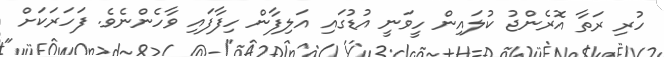
ހުރި ރަތާ އޮރެންޖު ކުލައިން ހީވަނީ އުޑުގައި އަލިފާން ހިފާފައި ވާހެންނެވެ. ފަހަރަކަށް